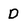
Character: D